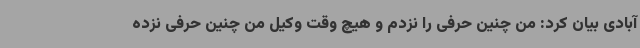
آبادی بیان کرد: من چنین حرفی را نزدم و هیچ وقت وکیل من چنین حرفی نزده